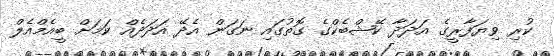
ކުރި ވިޔަފާރީގެ އަދަދާ ކޭޝްބެކްގެ ގޮތުގައި ނަގަން އެދޭ އަދަދެއް ކަމަށް ބީއެމްއެެލް